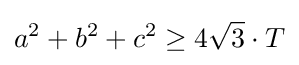
a^{2}+b^{2}+c^{2}\geq 4{\sqrt {3}}\cdot T